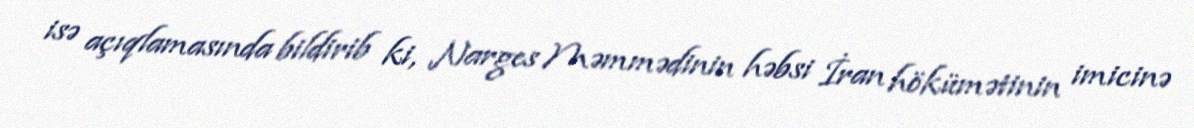
isə açıqlamasında bildirib ki, Narges Məmmədinin həbsi İran hökümətinin imicinə